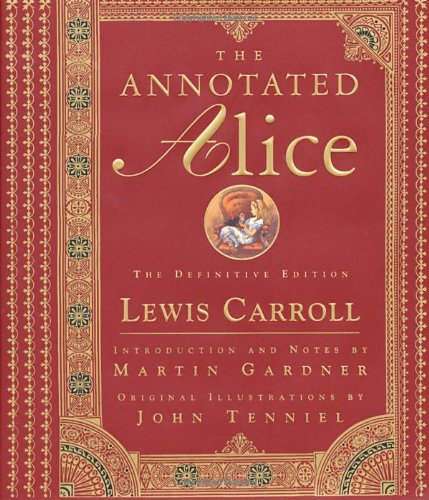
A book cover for The Annotated Alice: The Definitive Edition; Lewis Carroll; Science Fiction & Fantasy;